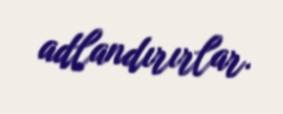
adlandırırlar.